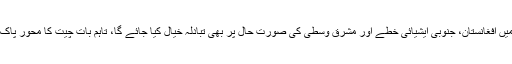
ایرانی صدر کی پاکستانی قیادت سے ملاقاتوں میں افغانستان، جنوبی ایشیائی خطے اور مشرق وسطیٰ کی صورت حال پر بھی تبادلہ خیال کیا جائے گا، تاہم بات چیت کا محور پاک ایران تجارتی و اقتصادی تعلقات کا فروغ ہوگا۔